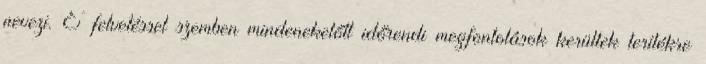
nevezi. E felvetéssel szemben mindenekelőtt időrendi megfontolások kerültek terítékre